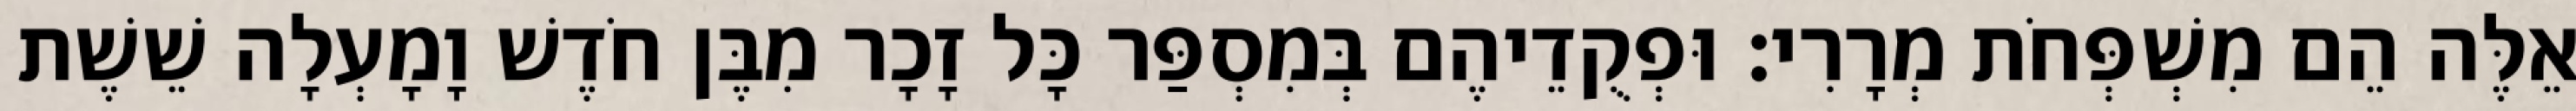
אֵלֶּה הֵם מִשְׁפְּחֹת מְרָרִי׃ וּפְקֻדֵיהֶם בְּמִסְפַּר כָּל זָכָר מִבֶּן חֹדֶשׁ וָמָעְלָה שֵׁשֶׁת